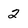
Character: 2